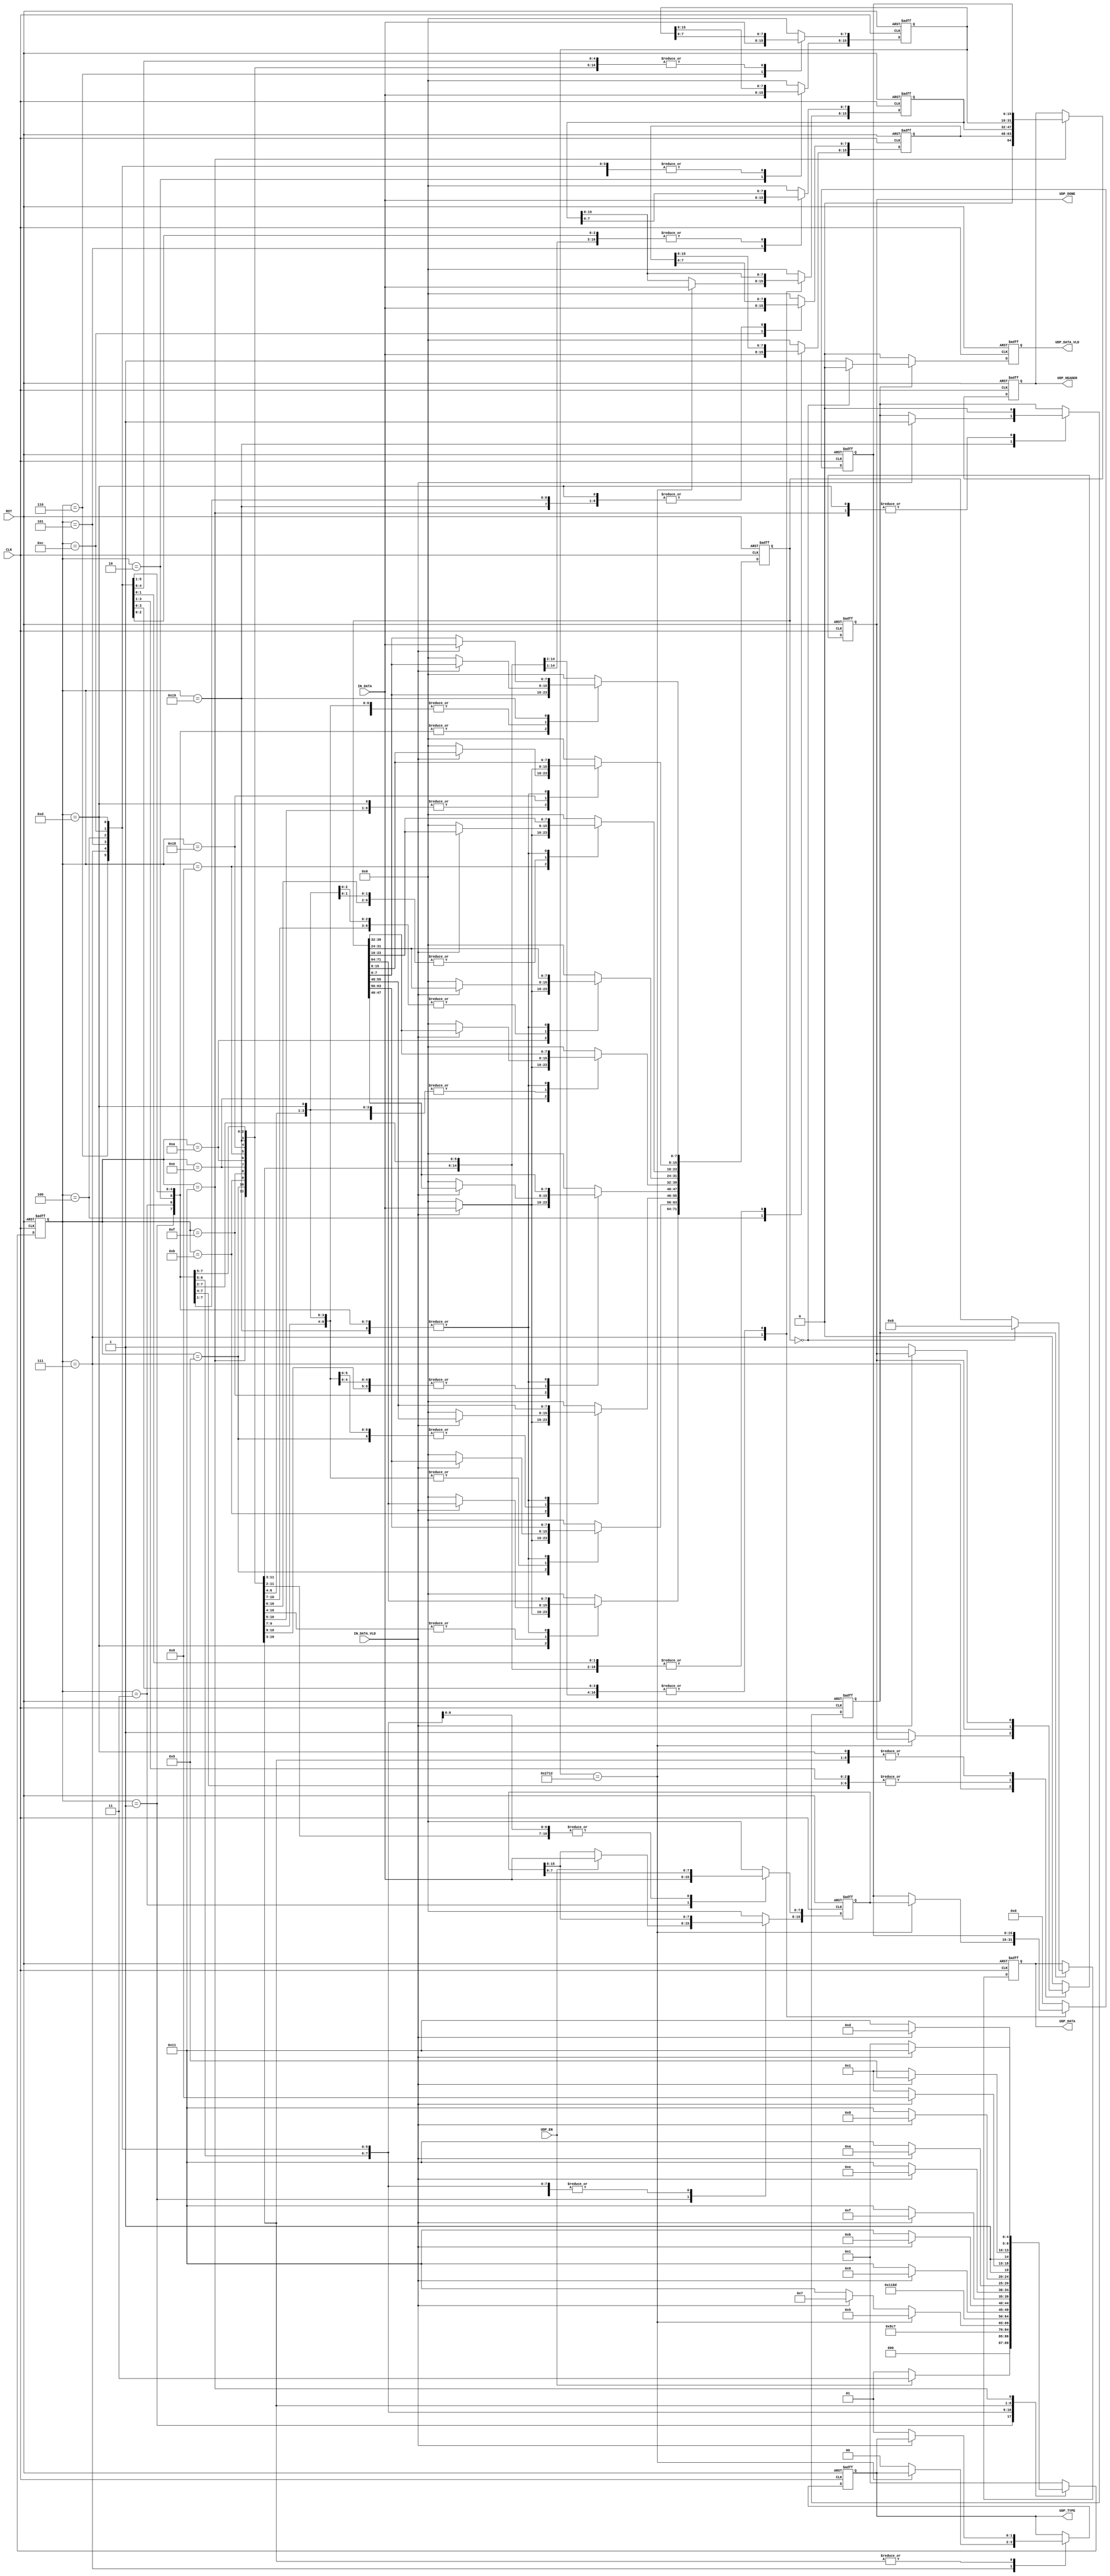
`timescale 1ns / 1ps



/*
UDP_DECODER	UDP_DECODER_inst
#(
.HTGv6_UDP_PORT    ()
)
(
.RST							(),
.CLK							(),

.IN_DATA					    (),
.IN_DATA_VLD		            (),
//     UDP
.UDP_EN					        (),
.UDP_HEADER                     (), //[8*8-1:0]
.UDP_DONE				        (),
// UDP 
.UDP_DATA_VLD		            (),
.UDP_DATA				        () // [71:0]
);
*/

//    UDP

`define UNSUPPORTED_TYPE_MES 2'b00
`define VALID_UDP_TYPE_MES   2'b01  //  ,   UDP    

module UDP_DECODER
#(
parameter HTGv6_UDP_PORT    = 16'd10_002		//   
)
(
input 				RST,
input 				CLK,     // RX_CLK

input 		[7:0]	IN_DATA,
input 				IN_DATA_VLD,
//     UDP
input 				  UDP_EN,
output reg [8*8*-1:0] UDP_HEADER,
output reg			  UDP_DONE,
output reg [1:0]      UDP_TYPE,
// UDP 
output reg			UDP_DATA_VLD,
output reg [71:0] 	UDP_DATA
);
localparam UDP_HDR_BYTE0_ST	 = 5'b00001;
localparam UDP_HDR_BYTE1_ST	 = 5'b00011;
localparam UDP_HDR_BYTE2_ST	 = 5'b00010;
localparam UDP_HDR_BYTE3_ST	 = 5'b00110;
localparam UDP_HDR_BYTE4_ST	 = 5'b00111;
localparam UDP_HDR_BYTE5_ST	 = 5'b00101;
localparam UDP_HDR_BYTE6_ST	 = 5'b00100;
localparam UDP_HDR_BYTE7_ST	 = 5'b01100;
localparam UDP_DATA_BYTE0_ST = 5'b01101;
localparam UDP_DATA_BYTE1_ST = 5'b01001;
localparam UDP_DATA_BYTE2_ST = 5'b01011;
localparam UDP_DATA_BYTE3_ST = 5'b01111;
localparam UDP_DATA_BYTE4_ST = 5'b01110;
localparam UDP_DATA_BYTE5_ST = 5'b01010;
localparam UDP_DATA_BYTE6_ST = 5'b01000;
localparam UDP_DATA_BYTE7_ST = 5'b11000;
localparam UDP_DATA_BYTE8_ST = 5'b11001;
localparam UDP_DONE_ST 		 = 5'b10001;

reg [15:0]  UDP_SRC_PORT_reg;
reg [15:0]  UDP_SRC_PORT;
reg [15:0] 	UDP_DST_PORT;
reg [15:0] 	UDP_LENGTH;
reg [15:0] 	UDP_CHECKSUM;
reg [71:0]  UDP_DATA_reg; 

(* fsm_encoding = "gray" *)
reg [4:0] UDP_ST;
reg MES_RCV;        //  

always @(posedge CLK or posedge RST)
if (RST)
	begin
		UDP_ST		      <= UDP_HDR_BYTE0_ST;
		
		UDP_SRC_PORT_reg  <= 16'b0;
		UDP_SRC_PORT      <= 16'b0;
     	UDP_DST_PORT      <= 16'b0;
     	UDP_LENGTH 	      <= 16'b0;
     	UDP_CHECKSUM      <= 16'b0;
     	
     	UDP_HEADER        <= 64'b0;
     	UDP_DONE	      <= 1'b0;
     	UDP_TYPE          <= 0;
     	
 		UDP_DATA_reg	  <= 72'b0;
 		MES_RCV           <= 1'b0;
	end
else 
(* parallel_case *)(* full_case *)
case (UDP_ST)
//    UDP_SRC_PORT
UDP_HDR_BYTE0_ST:			if (UDP_EN)		
								begin
									UDP_SRC_PORT_reg[15:8]<= IN_DATA;
									UDP_ST				  <= UDP_HDR_BYTE1_ST;
								end	
							else	UDP_ST				  <= UDP_HDR_BYTE0_ST;
UDP_HDR_BYTE1_ST:		begin											
							UDP_SRC_PORT_reg[7:0] 	      <= IN_DATA;
							UDP_ST						  <= UDP_HDR_BYTE2_ST;
						end
//    UDP_DST_PORT
UDP_HDR_BYTE2_ST:		begin											
							UDP_DST_PORT[15:8] 	          <= IN_DATA;
							UDP_ST						  <= UDP_HDR_BYTE3_ST;
						end
UDP_HDR_BYTE3_ST:		begin											                                                        										
							UDP_DST_PORT[7:0] 	          <= IN_DATA;                                                									
							UDP_ST						  <= UDP_HDR_BYTE4_ST;                                               									
						end                                                                              									
//    UDP_LENGTH                                                             									
UDP_HDR_BYTE4_ST:		if (UDP_DST_PORT == HTGv6_UDP_PORT)		//   -  
							begin
						      UDP_SRC_PORT                <= UDP_SRC_PORT_reg;											                                                         									
							  UDP_LENGTH[15:8] 		      <= IN_DATA;                                                 									
							  UDP_ST					  <= UDP_HDR_BYTE5_ST;                                                									
							end  
						else 
							begin
							     UDP_DONE	       <= 1'b1;
								 UDP_TYPE          <= `UNSUPPORTED_TYPE_MES;
							     if (IN_DATA_VLD)	UDP_ST      <= UDP_HDR_BYTE4_ST;
								 else				UDP_ST      <= UDP_DONE_ST; 
							end		
UDP_HDR_BYTE5_ST:		begin											                                                        										
							UDP_LENGTH[7:0] 		      <= IN_DATA;                                                											
							UDP_ST						  <= UDP_HDR_BYTE6_ST;                                               										
						end                                                                              										
//    UDP_CHECKSUM                                                             				
UDP_HDR_BYTE6_ST:		begin											                                                         
							UDP_CHECKSUM[15:8]            <= IN_DATA;                                                 	
							UDP_ST						  <= UDP_HDR_BYTE7_ST;                                                
						end                                                                               
UDP_HDR_BYTE7_ST:		begin											                                                        	
							UDP_CHECKSUM[7:0] 	          <= IN_DATA;                                                			
							UDP_ST						  <= UDP_DATA_BYTE0_ST;                                               	
						end                                                                              	
//     
UDP_DATA_BYTE0_ST:	if (IN_DATA_VLD)
						begin											                                                        	  
							UDP_DATA_reg[71:64] 		  <= IN_DATA;  
							MES_RCV                       <= 1'b0;                                              			 
							UDP_ST						  <= UDP_DATA_BYTE1_ST;    
						end   
					else 
						begin
							UDP_ST						  <= UDP_DONE_ST;
							MES_RCV                       <= 1'b0;
							UDP_DONE		   			  <= 1'b1;
							UDP_DATA_reg		   		  <= 72'b0;
						end		                                                                           	  
//  
UDP_DATA_BYTE1_ST:	if (IN_DATA_VLD)
						begin											                                                        	  
							UDP_DATA_reg[63:56] 		  <= IN_DATA;                                                			 
							UDP_ST						  <= UDP_DATA_BYTE2_ST;                                               	 
						end   
					else 
						begin
							UDP_ST						  <= UDP_DONE_ST;
							UDP_DONE		   			  <= 1'b1;
							UDP_TYPE                      <= `VALID_UDP_TYPE_MES;
							UDP_DATA_reg		   		  <= 72'b0;
						end	
UDP_DATA_BYTE2_ST:	if (IN_DATA_VLD)                                                       
						begin											                                                        	      
							UDP_DATA_reg[55:48] 		  <= IN_DATA;                                                	
							UDP_ST						  <= UDP_DATA_BYTE3_ST;                                             
					    end                                                                            
					else                                                                            
						begin                                                                          
							UDP_ST						  <= UDP_DONE_ST;  
							UDP_DONE		   			  <= 1'b1;         
							UDP_TYPE                      <= `VALID_UDP_TYPE_MES;
							UDP_DATA_reg		   		  <= 72'b0;                                           
						end	                                                                           
UDP_DATA_BYTE3_ST:	if (IN_DATA_VLD)                                                       
						begin											                                                        	      
							UDP_DATA_reg[47:40] 		  <= IN_DATA;                                                	
							UDP_ST						  <= UDP_DATA_BYTE4_ST;                                             
						end                                                                            
					else                                                                            
						begin                                                                          
					   	  UDP_ST						  <= UDP_DONE_ST;  
						  UDP_DONE		   			      <= 1'b1; 
						  UDP_TYPE                        <= `VALID_UDP_TYPE_MES;      
						  UDP_DATA_reg		   			  <= 72'b0;                                             
						end	                                                                           
UDP_DATA_BYTE4_ST:	if (IN_DATA_VLD)                                                       
						begin											                                                        	      
						  UDP_DATA_reg[39:32] 		      <= IN_DATA;                                                	
						  UDP_ST						  <= UDP_DATA_BYTE5_ST;                                             
						end                                                                            
					else                                                                            
						begin                                                                          
						  UDP_ST						  <= UDP_DONE_ST;   
						  UDP_DONE		   			      <= 1'b1;     
					      UDP_TYPE                        <= `VALID_UDP_TYPE_MES;
					      UDP_DATA_reg		   			  <= 72'b0;                                              
						end	                                                                           
UDP_DATA_BYTE5_ST:	if (IN_DATA_VLD)                                                       
						begin											                                                        	      
					      UDP_DATA_reg[31:24] 		      <= IN_DATA;                                                	
						  UDP_ST						  <= UDP_DATA_BYTE6_ST;                                             
						end                                                                            
					else                                                                            
						begin                                                                          
						  UDP_ST						  <= UDP_DONE_ST;   
						  UDP_DONE		   			      <= 1'b1;           
						  UDP_TYPE                        <= `VALID_UDP_TYPE_MES;
						  UDP_DATA_reg		   			  <= 72'b0;                                        
						end	                                                                           
UDP_DATA_BYTE6_ST:	if (IN_DATA_VLD)                                                       
						begin											                                                        	      
						  UDP_DATA_reg[23:16] 		      <= IN_DATA;                                                	
						  UDP_ST						  <= UDP_DATA_BYTE7_ST;                                             
						end                                                                            
					else                                                                            
						begin                                                                          
						  UDP_ST						  <= UDP_DONE_ST; 
						  UDP_DONE		   			      <= 1'b1;        
						  UDP_TYPE                        <= `VALID_UDP_TYPE_MES;
						  UDP_DATA_reg		   			  <= 72'b0;                                             
						end	                                                                           
UDP_DATA_BYTE7_ST:	if (IN_DATA_VLD)                                                       
						begin											                                                        	      
					      UDP_DATA_reg[15:8] 			  <= IN_DATA;      
						  UDP_ST						  <= UDP_DATA_BYTE8_ST;   
						end                                                                            
					else                                                                            
						begin                                                                          									
						  UDP_ST						  <= UDP_DONE_ST;   
						  UDP_DONE		   			      <= 1'b1;       
						  UDP_TYPE                        <= `VALID_UDP_TYPE_MES;
						  UDP_DATA_reg		   			  <= 72'b0;                                           
						end	                                                                 
UDP_DATA_BYTE8_ST:     if (IN_DATA_VLD)                                                       
						  begin											                                                        	      
						      UDP_DATA_reg[7:0] 			  <= IN_DATA;
						      UDP_ST						  <= UDP_DATA_BYTE0_ST;
						      MES_RCV                         <= 1'b1;
						  end                                                                            
					   else                                                                            
						  begin                                                                          
						      UDP_ST						  <= UDP_DONE_ST; 
						      UDP_DATA_reg					  <= UDP_DATA_reg;       
						      UDP_DONE		   			      <= 1'b1;
						      UDP_TYPE                        <= `VALID_UDP_TYPE_MES;                                              
						  end	   
UDP_DONE_ST:		begin											                                                        	      
					      UDP_DATA_reg 					  <= 72'b0;
					      UDP_HEADER                      <= {UDP_CHECKSUM,UDP_LENGTH,UDP_DST_PORT,UDP_SRC_PORT};  

						  UDP_DONE		   			      <= 1'b0;
                          UDP_ST	                      <= UDP_HDR_BYTE0_ST;   //         
                            
                          MES_RCV                         <= 1'b0;  
                          if (IN_DATA_VLD) 	  UDP_ST	  <= UDP_DONE_ST;		
                          else          	  UDP_ST	  <= UDP_HDR_BYTE0_ST;                                            
					end      
default:
    begin
        UDP_ST		      <= UDP_HDR_BYTE0_ST;
    		
        UDP_SRC_PORT_reg  <= 16'b0;    		
        UDP_SRC_PORT      <= 16'b0;
        UDP_DST_PORT      <= 16'b0;
        UDP_LENGTH 	      <= 16'b0;
        UDP_CHECKSUM      <= 16'b0;
         	
        UDP_HEADER        <= UDP_HEADER;
        UDP_DONE	      <= 1'b0;
    	
     	UDP_DATA_reg      <= 72'b0;
    end					
					
					  
endcase											                                                                    

always @(posedge CLK or posedge RST)
if (RST)
    begin
        UDP_DATA	      <= 72'b0;
        UDP_DATA_VLD      <= 1'b0;
    end
else if (MES_RCV)  
    begin
        if (UDP_DATA_reg == 72'b0)
            begin
                UDP_DATA	      <= 72'b0;
                UDP_DATA_VLD      <= 1'b0;
            end
        else
            begin
                UDP_DATA	      <= UDP_DATA_reg;
                UDP_DATA_VLD      <= 1'b1;
            end        
    end
else   
    begin
        UDP_DATA	      <= UDP_DATA;
        UDP_DATA_VLD      <= 1'b0;
    end   

/*
//////////////////////////////////////////////////////////////////////////////////////////////////////////////////////////////////////////////////////////////////////////////////////////////////////////////////////////////////////////
/////////////////////////////////////////////////////////////////////////////////////////////////  CHIP SCOPE ///////////////////////////////////////////////////////////////////////////////////////////////////////
//////////////////////////////////////////////////////////////////////////////////////////////////////////////////////////////////////////////////////////////////////////////////////////////////////////////////////////////////////////

wire [35:0] CONTROL0;
	    
	     chipscope_icon_v1_06_a_0 ICON
	(	    .CONTROL0			(CONTROL0)	);
	
	chipscope_ila_v1_05_a_0 ILA
	(
	    .CONTROL	    (CONTROL0), // INOUT BUS [35:0]
	    .CLK			(CLK), // IN
	    
	    .TRIG0			({UDP_DATA[62:0],IN_DATA_VLD}), // IN BUS [63:0]
	    .TRIG1			({49'b0,UDP_ST,UDP_DATA_VLD,UDP_DATA[71:63]}) // IN BUS [63:0]
	);
*/

endmodule